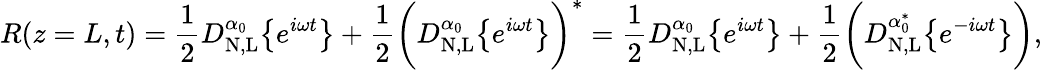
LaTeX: R(z=L,t)=\frac{1}{2}D_{\mathrm{N,L}}^{\alpha_{0}}\big\{ {e^{i\omega t}\big\} }+\frac{1}{2}\bigg(D_{\mathrm{N,L}}^{\alpha_{0}}\big\{ {e^{i\omega t}\big\} }\bigg)^{*}=\frac{1}{2}D_{\mathrm{N,L}}^{\alpha_{0}}\big\{ {e^{i\omega t}\big\} }+\frac{1}{2}\bigg(D_{\mathrm{N,L}}^{\alpha_{0}^{*}}\big\{ {e^{-i\omega t}\big\} }\bigg),